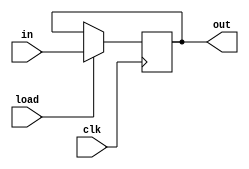
module registrador_paralelo #
(
    parameter BITS = 64
)
(
    
    input [BITS-1:0] in,
    input clk,
    input load,
    output reg [BITS-1:0] out
);

    always @(posedge clk) begin
        if (load) begin
            out <= in;
        end
    end

endmodule